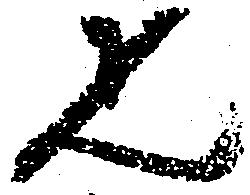
疋